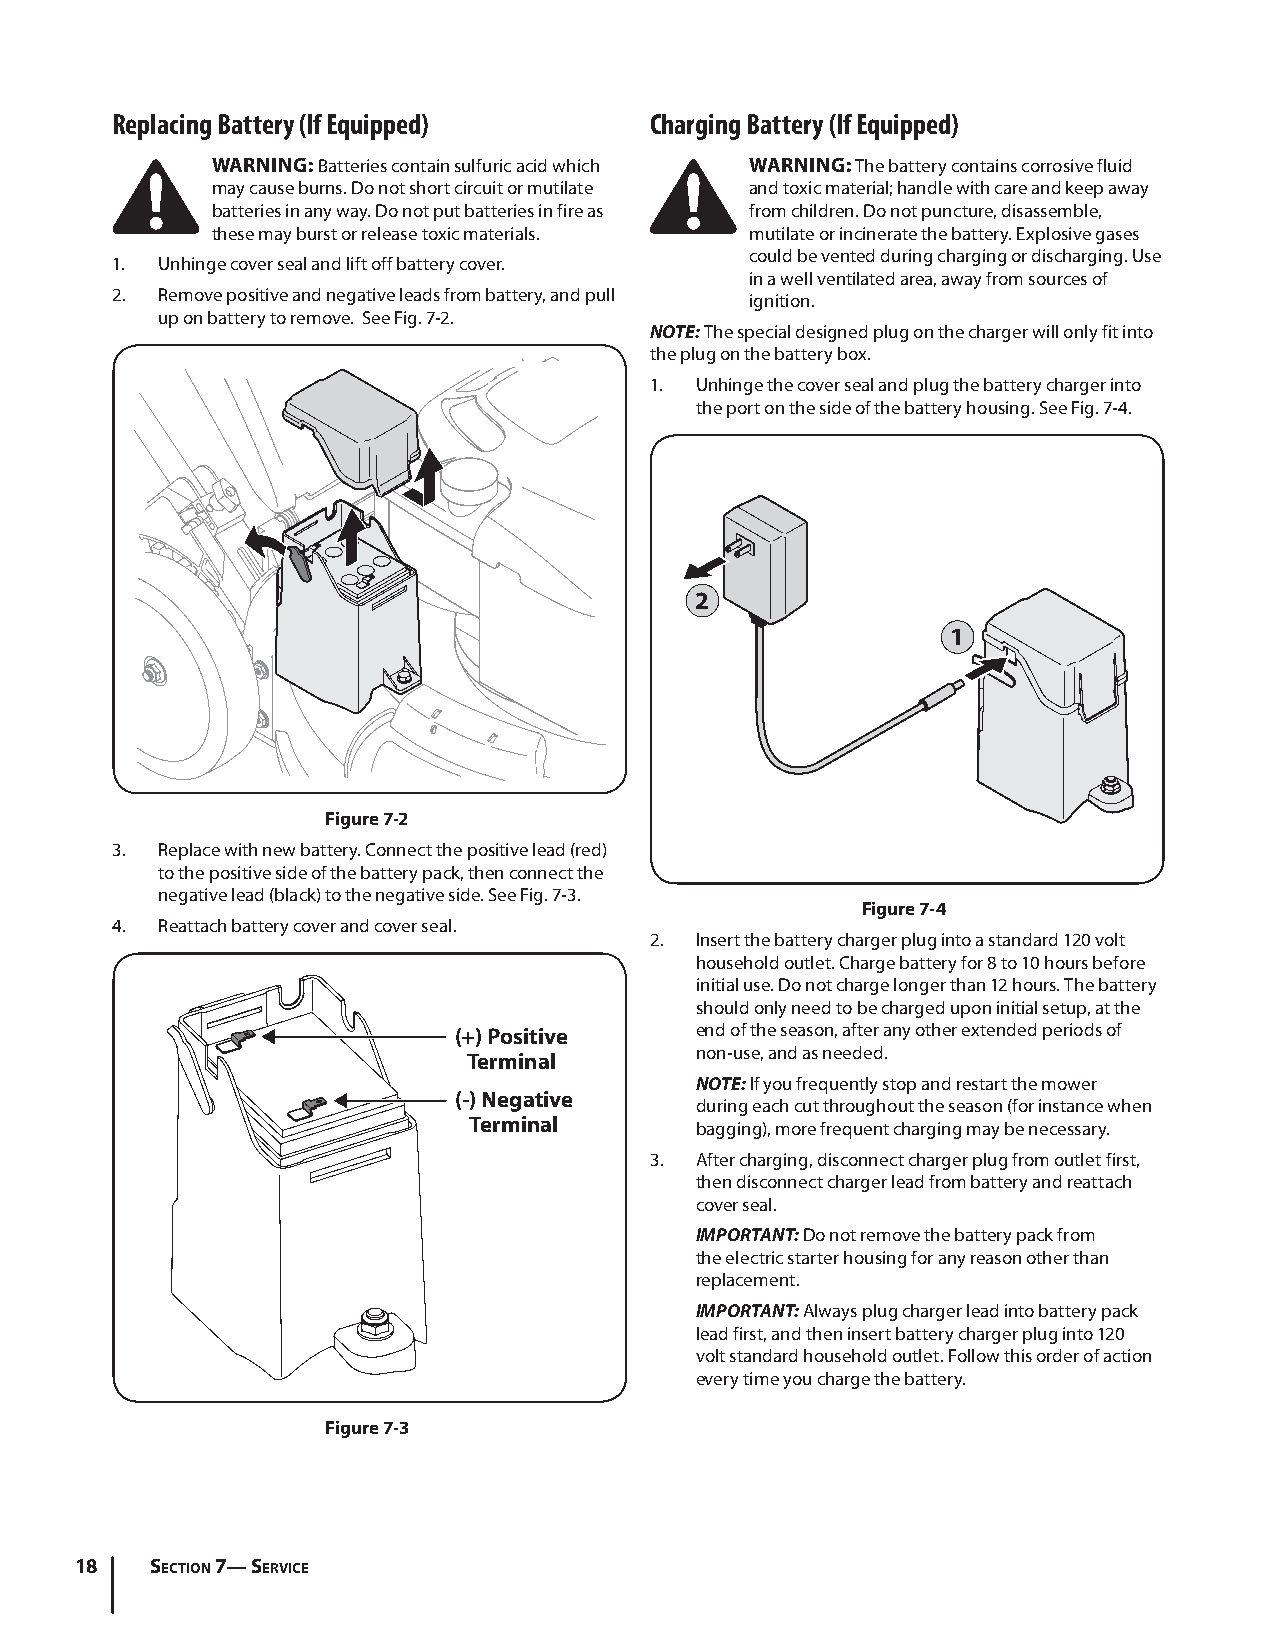
Replacing Battery (If Equipped)     Charging Battery (If Equipped)
 WARNING: Batteries contain sulfuric acid which WARNING: The battery contains corrosive fluid
 may cause burns. Do not short circuit or mutilate and toxic material; handle with care and keep away
 batteries in any way. Do not put batteries in fire as from children. Do not puncture, disassemble,
 these may burst or release toxic materials. mutilate or incinerate the battery. Explosive gases
 could be vented during charging or discharging. Use
 1. Unhinge cover seal and lift off battery cover.
 in a well ventilated area, away from sources of
 2. Remove positive and negative leads from battery, and pull ignition.
 up on battery to remove. See Fig. 7-2.
 NOTE: The special designed plug on the charger will only fit into
 the plug on the battery box.
 1. Unhinge the cover seal and plug the battery charger into
 the port on the side of the battery housing. See Fig. 7-4.
 2
 1
 Figure 7-2
 3. Replace with new battery. Connect the positive lead (red)
 to the positive side of the battery pack, then connect the
 negative lead (black) to the negative side. See Fig. 7-3.
 Figure 7-4
 4. Reattach battery cover and cover seal.
 2. Insert the battery charger plug into a standard 120 volt
 household outlet. Charge battery for 8 to 10 hours before
 initial use. Do not charge longer than 12 hours. The battery
 should only need to be charged upon initial setup, at the
 (+) Positive    end of the season, after any other extended periods of
 non-use, and as needed.
 Terminal
 NOTE: If you frequently stop and restart the mower
 (-) Negative
 during each cut throughout the season (for instance when
 Terminal       bagging), more frequent charging may be necessary.
 3. After charging, disconnect charger plug from outlet first,
 then disconnect charger lead from battery and reattach
 cover seal.
 IMPORTANT: Do not remove the battery pack from
 the electric starter housing for any reason other than
 replacement.
 IMPORTANT: Always plug charger lead into battery pack
 lead first, and then insert battery charger plug into 120
 volt standard household outlet. Follow this order of action
 every time you charge the battery.
 Figure 7-3
 18   Section 7— Service